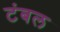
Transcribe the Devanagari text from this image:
टंबल